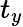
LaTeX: t_{y}